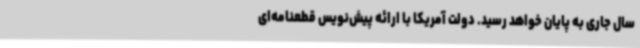
سال جاری به پایان خواهد رسید. دولت آمریکا با ارائه پیش‌نویس قطعنامه‌ای